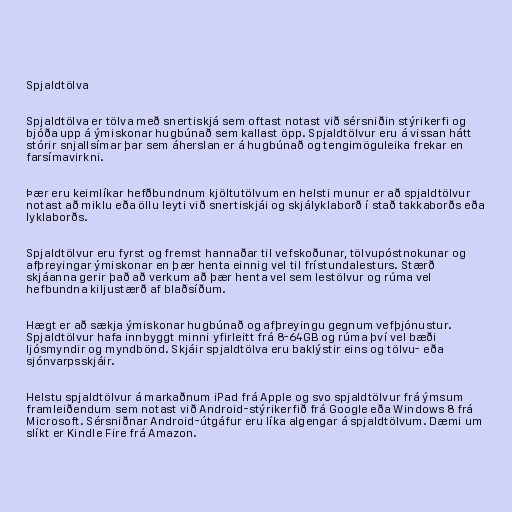
Spjaldtölva

Spjaldtölva er tölva með snertiskjá sem oftast notast við sérsniðin stýrikerfi og
bjóða upp á ýmiskonar hugbúnað sem kallast öpp. Spjaldtölvur eru á vissan hátt
stórir snjallsímar þar sem áherslan er á hugbúnað og tengimöguleika frekar en
farsímavirkni.

Þær eru keimlíkar hefðbundnum kjöltutölvum en helsti munur er að spjaldtölvur
notast að miklu eða öllu leyti við snertiskjái og skjályklaborð í stað takkaborðs eða
lyklaborðs.

Spjaldtölvur eru fyrst og fremst hannaðar til vefskoðunar, tölvupóstnokunar og
afþreyingar ýmiskonar en þær henta einnig vel til frístundalesturs. Stærð
skjáanna gerir það að verkum að þær henta vel sem lestölvur og rúma vel
hefbundna kiljustærð af blaðsíðum.

Hægt er að sækja ýmiskonar hugbúnað og afþreyingu gegnum vefþjónustur.
Spjaldtölvur hafa innbyggt minni yfirleitt frá 8-64GB og rúma því vel bæði
ljósmyndir og myndbönd. Skjáir spjaldtölva eru baklýstir eins og tölvu- eða
sjónvarpsskjáir.

Helstu spjaldtölvur á markaðnum iPad frá Apple og svo spjaldtölvur frá ýmsum
framleiðendum sem notast við Android-stýrikerfið frá Google eða Windows 8 frá
Microsoft. Sérsniðnar Android-útgáfur eru líka algengar á spjaldtölvum. Dæmi um
slíkt er Kindle Fire frá Amazon.